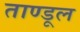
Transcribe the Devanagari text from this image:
ताण्डूल